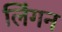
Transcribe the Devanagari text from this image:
लिंगन